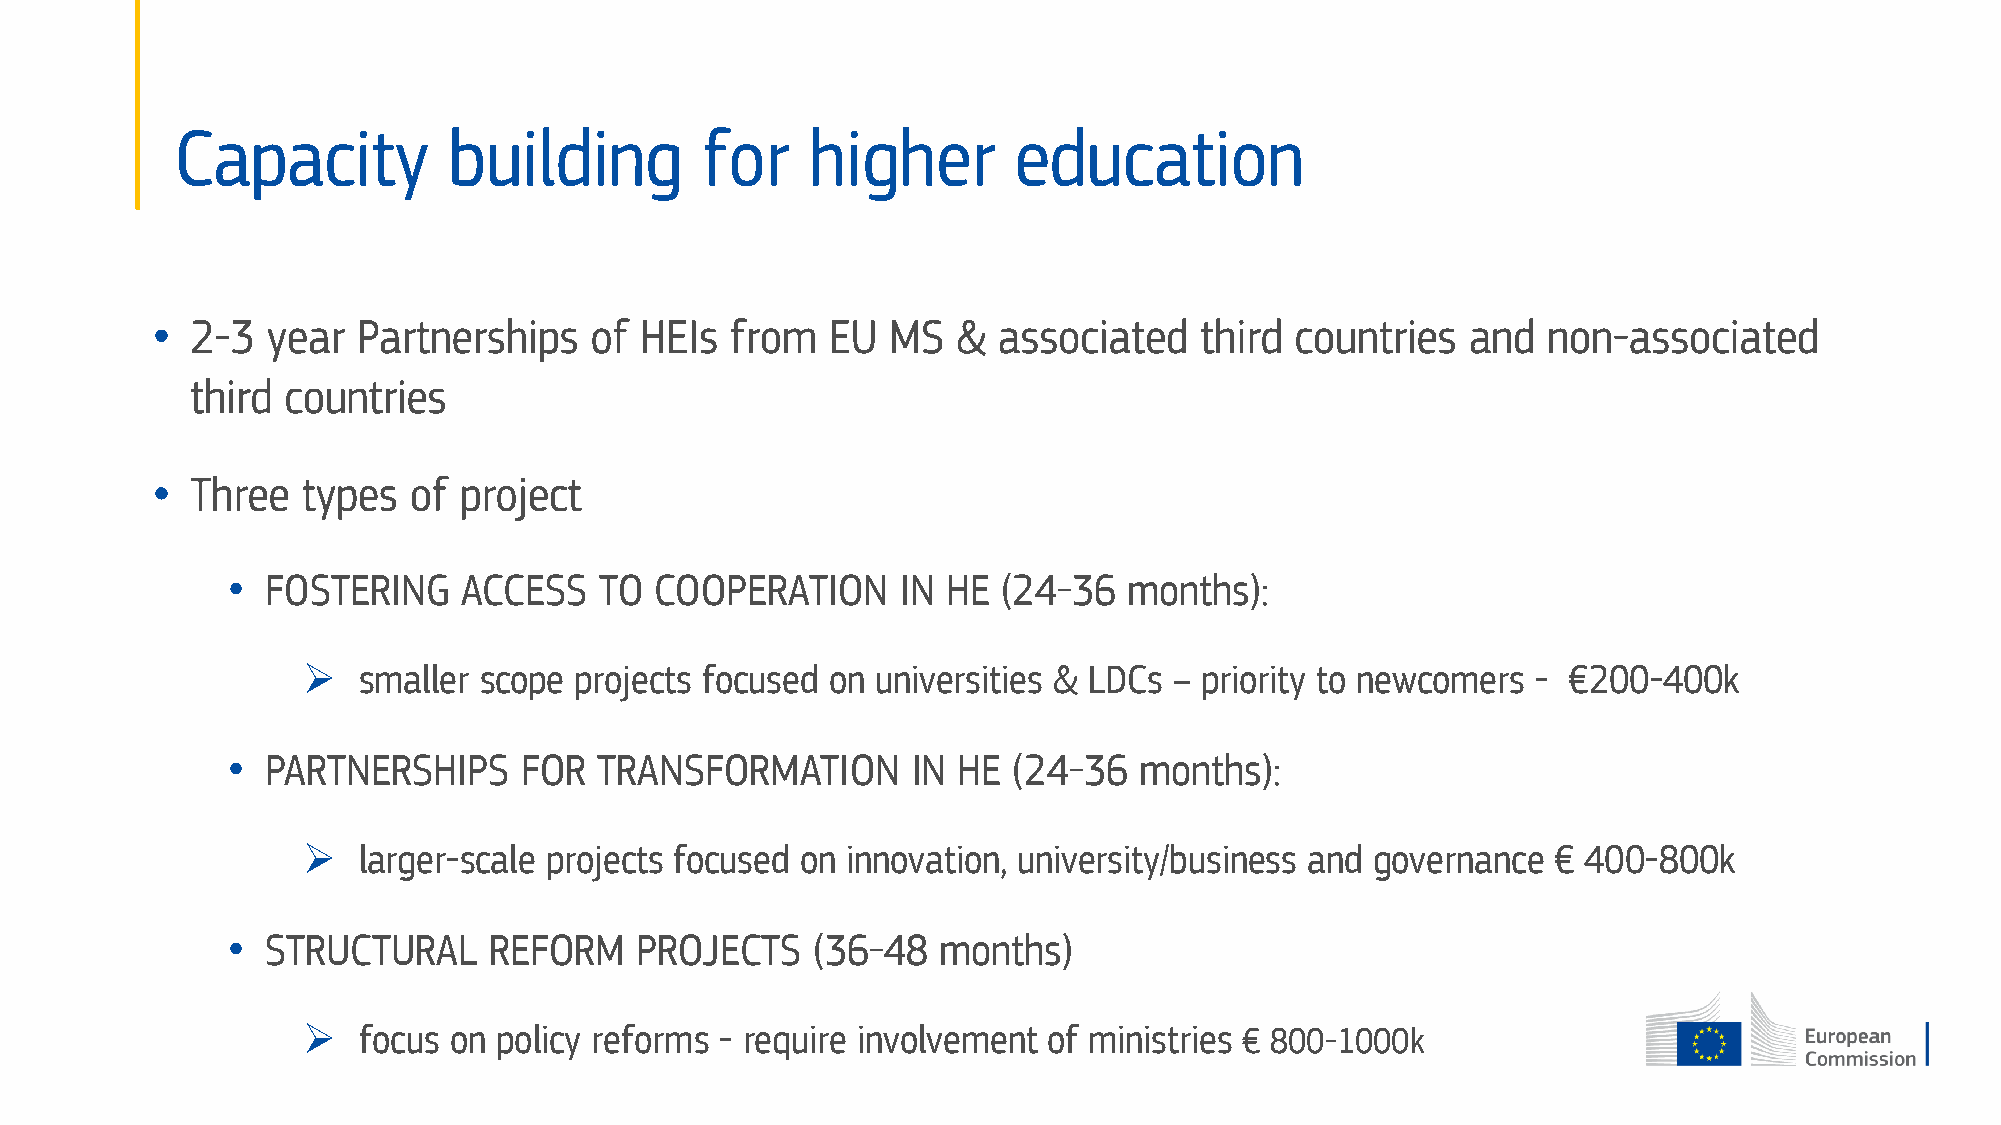
Capacity          building        for     higher       education
 •  2-3  year  Partnerships   of HEIs  from   EU  MS  &  associated   third  countries  and  non-associated
 third countries
 •  Three  types  of project
 •  FOSTERING    ACCESS   TO COOPERATION      IN HE (24-36   months):
    smaller scope projects focused on universities & LDCs – priority to newcomers - €200-400k
 •  PARTNERSHIPS    FOR   TRANSFORMATION      IN HE  (24-36  months):
    larger-scale projects focused on innovation, university/business and governance € 400-800k
 •  STRUCTURAL    REFORM    PROJECTS    (36-48  months)
    focus on policy reforms - require involvement of ministries € 800-1000k